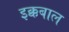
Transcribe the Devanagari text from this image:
इक्कबाल